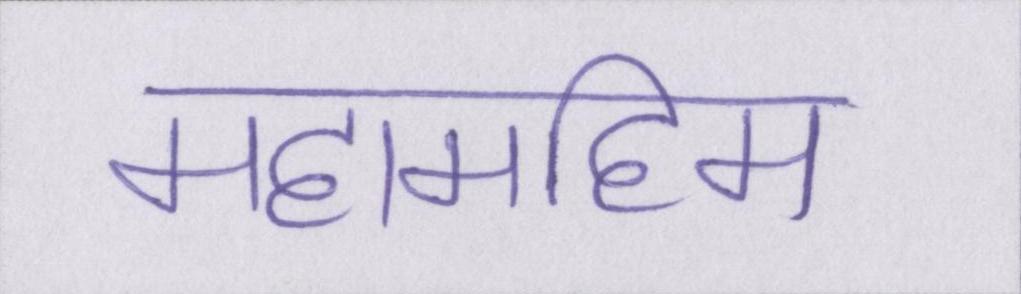
महामहिम